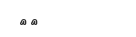
١٦